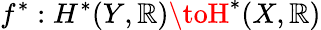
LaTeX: f^{*}:H^{*}(Y,\mathbb{R})\toH^{*}(X,\mathbb{R})